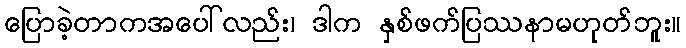
ပြောခဲ့တာကအပေါ်လည်း၊ ဒါက နှစ်ဖက်ပြဿနာမဟုတ်ဘူး။